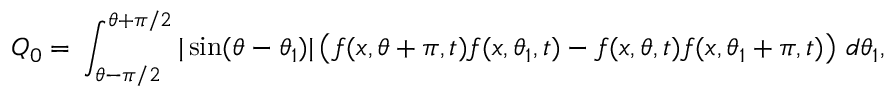
Q _ { 0 } { } = { } \int _ { \theta - \pi / 2 } ^ { \theta + \pi / 2 } | \sin ( \theta - \theta _ { 1 } ) | \left( f ( x , \theta + \pi , t ) f ( x , \theta _ { 1 } , t ) - f ( x , \theta , t ) f ( x , \theta _ { 1 } + \pi , t ) \right) \, d \theta _ { 1 } ,